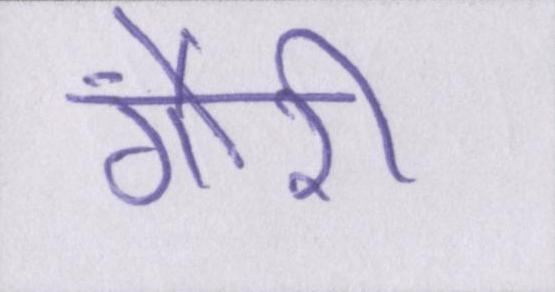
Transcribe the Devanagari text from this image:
गौरी